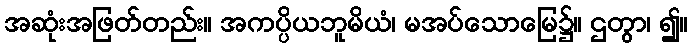
အဆုံးအဖြတ်တည်း။ အကပ္ပိယဘူမိယံ၊ မအပ်သောမြေ၌။ ဌတွာ၊ ၍။